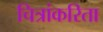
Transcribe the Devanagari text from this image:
चित्रांकरिता